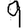
Digit: 9